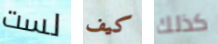
لست كيف كذلك